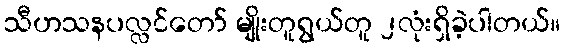
သီဟသနပလ္လင်တော် မျိုးတူရွယ်တူ ၂လုံးရှိခဲ့ပါတယ်။